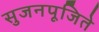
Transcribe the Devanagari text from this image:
सुजनपूजिते